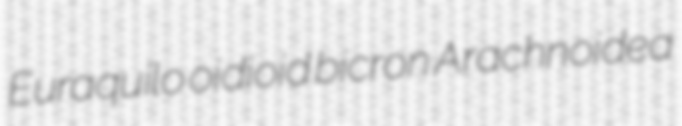
Euraquilo oidioid bicron Arachnoidea